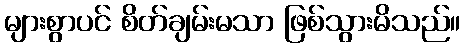
များစွာပင် စိတ်ချမ်းမသာ ဖြစ်သွားမိသည်။